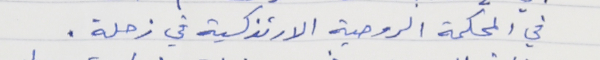
في المحكمة الروحية الارثذكسية في زحلة .